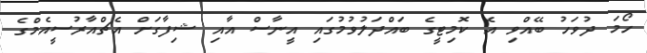
ހޯމަ ދުވަހު ބޭއްވި އެ ކޮމިޓީގެ ބައްދަލުވުމުގައި އީނާސް އާއި ޝިފާގަށް އެޗްއާރުސީއެމްގެ